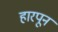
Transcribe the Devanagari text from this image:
हारपून